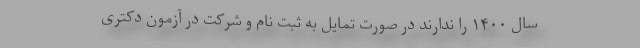
سال ۱۴۰۰ را ندارند در صورت تمایل به ثبت نام و شرکت در آزمون دکتری